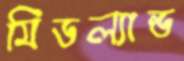
মিডল্যান্ড